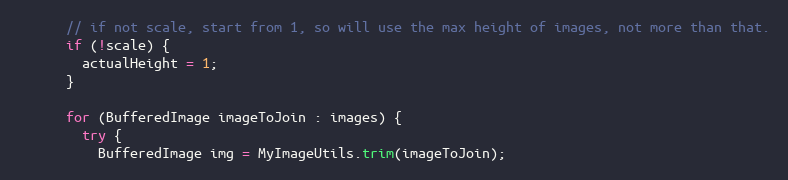
Language: Java
      // if not scale, start from 1, so will use the max height of images, not more than that.
      if (!scale) {
        actualHeight = 1;
      }

      for (BufferedImage imageToJoin : images) {
        try {
          BufferedImage img = MyImageUtils.trim(imageToJoin);